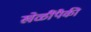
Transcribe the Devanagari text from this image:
खेळींपैकी